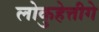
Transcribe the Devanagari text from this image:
लोकुहेत्तीगे